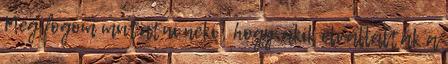
Meg fogom mutatni neki , hogy akik elvállalták a